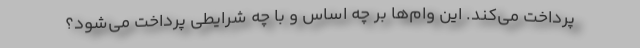
پرداخت می‌کند. این وام‌ها بر چه اساس و با چه شرایطی پرداخت می‌شود؟